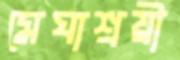
মেঘাশ্রয়ী